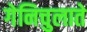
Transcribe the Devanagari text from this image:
गेनिचुलाते